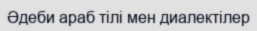
Әдеби араб тілі мен диалектілер